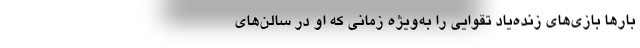
بارها بازی‌های زنده‌یاد تقوایی را به‌ویژه زمانی که او در سالن‌های